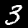
Digit: 3